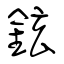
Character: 鉉